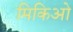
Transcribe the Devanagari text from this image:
मिकिओ